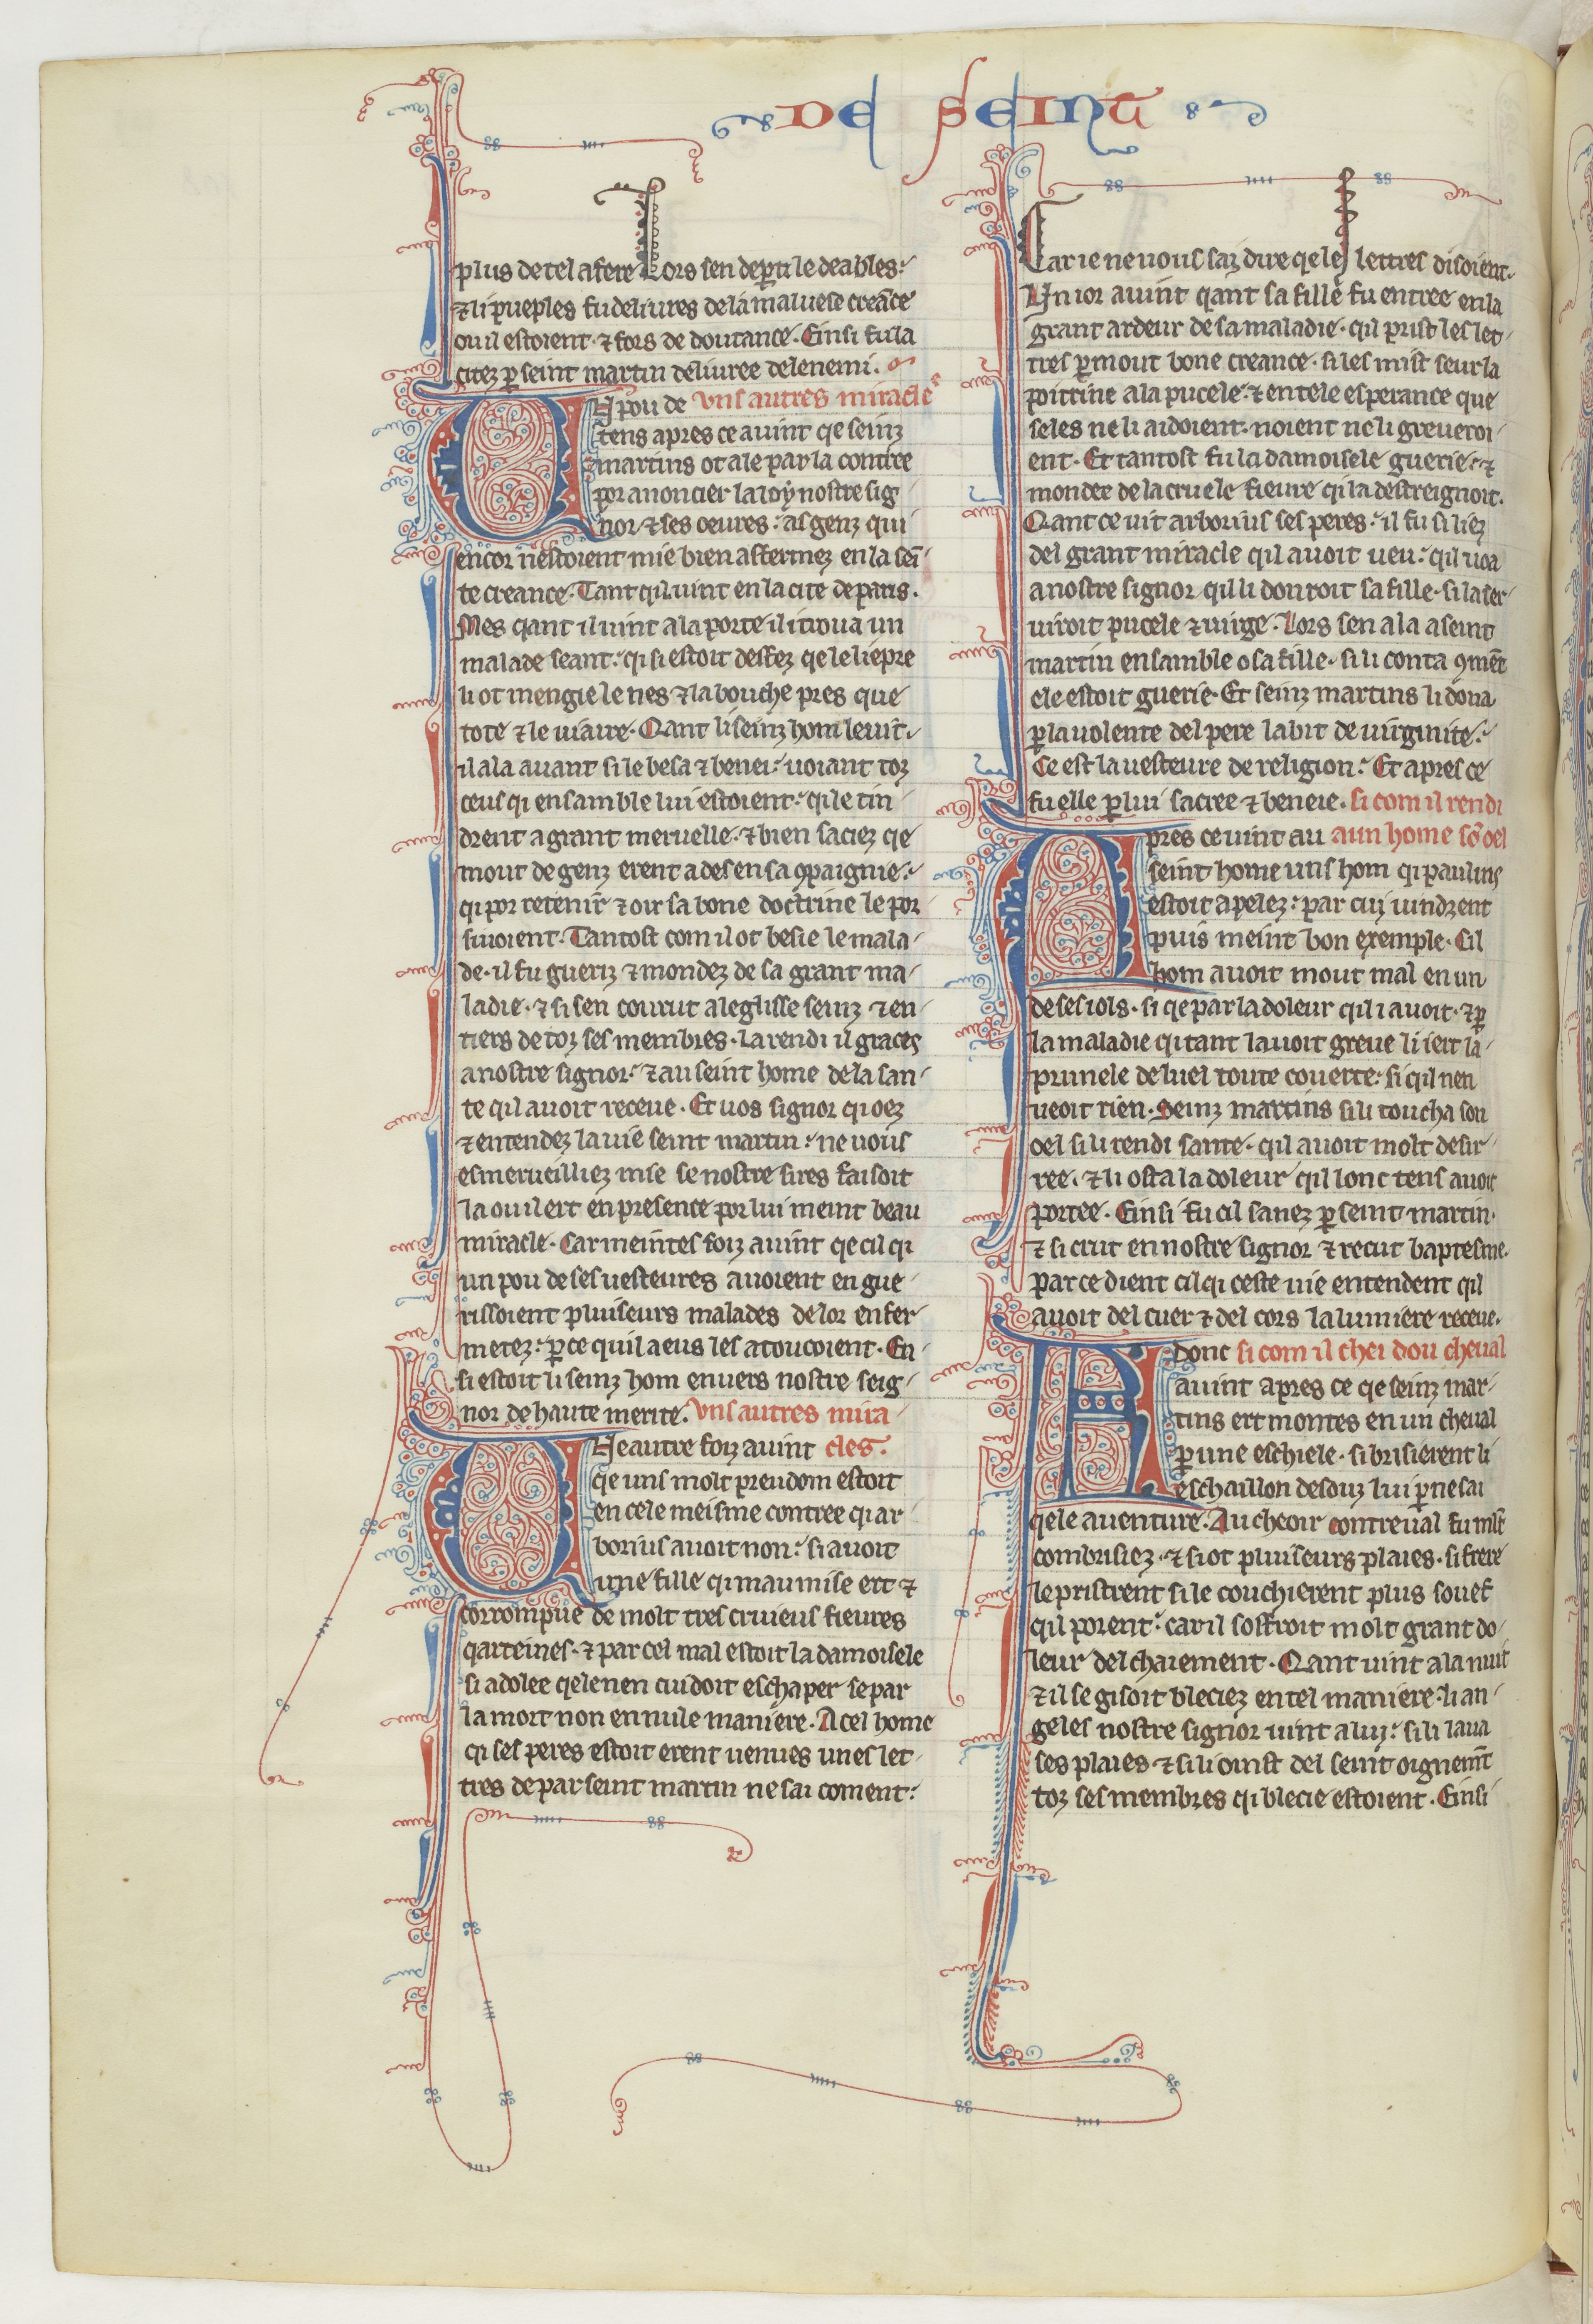
Shelfmark: Paris, BnF, fr. 412
Century: 13